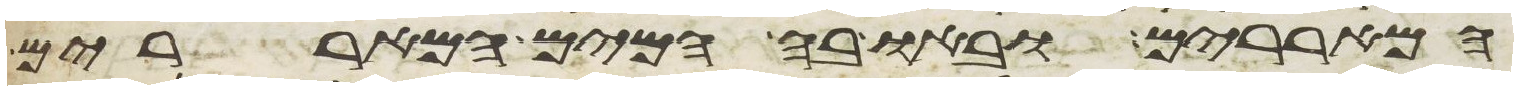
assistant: המאררים ובאו בה המים המאררים